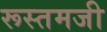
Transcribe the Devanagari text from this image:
रूस्‍तमजी